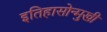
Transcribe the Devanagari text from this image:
इतिहासोन्मुखी